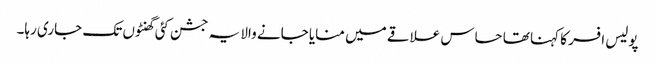
پولیس افسر کا کہنا تھا حساس علاقے میں منایا جانے والا یہ جشن کئی گھنٹوں تک جاری رہا۔